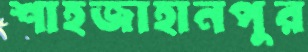
শাহজাহানপুর